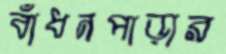
বাঁধনপাড়ার